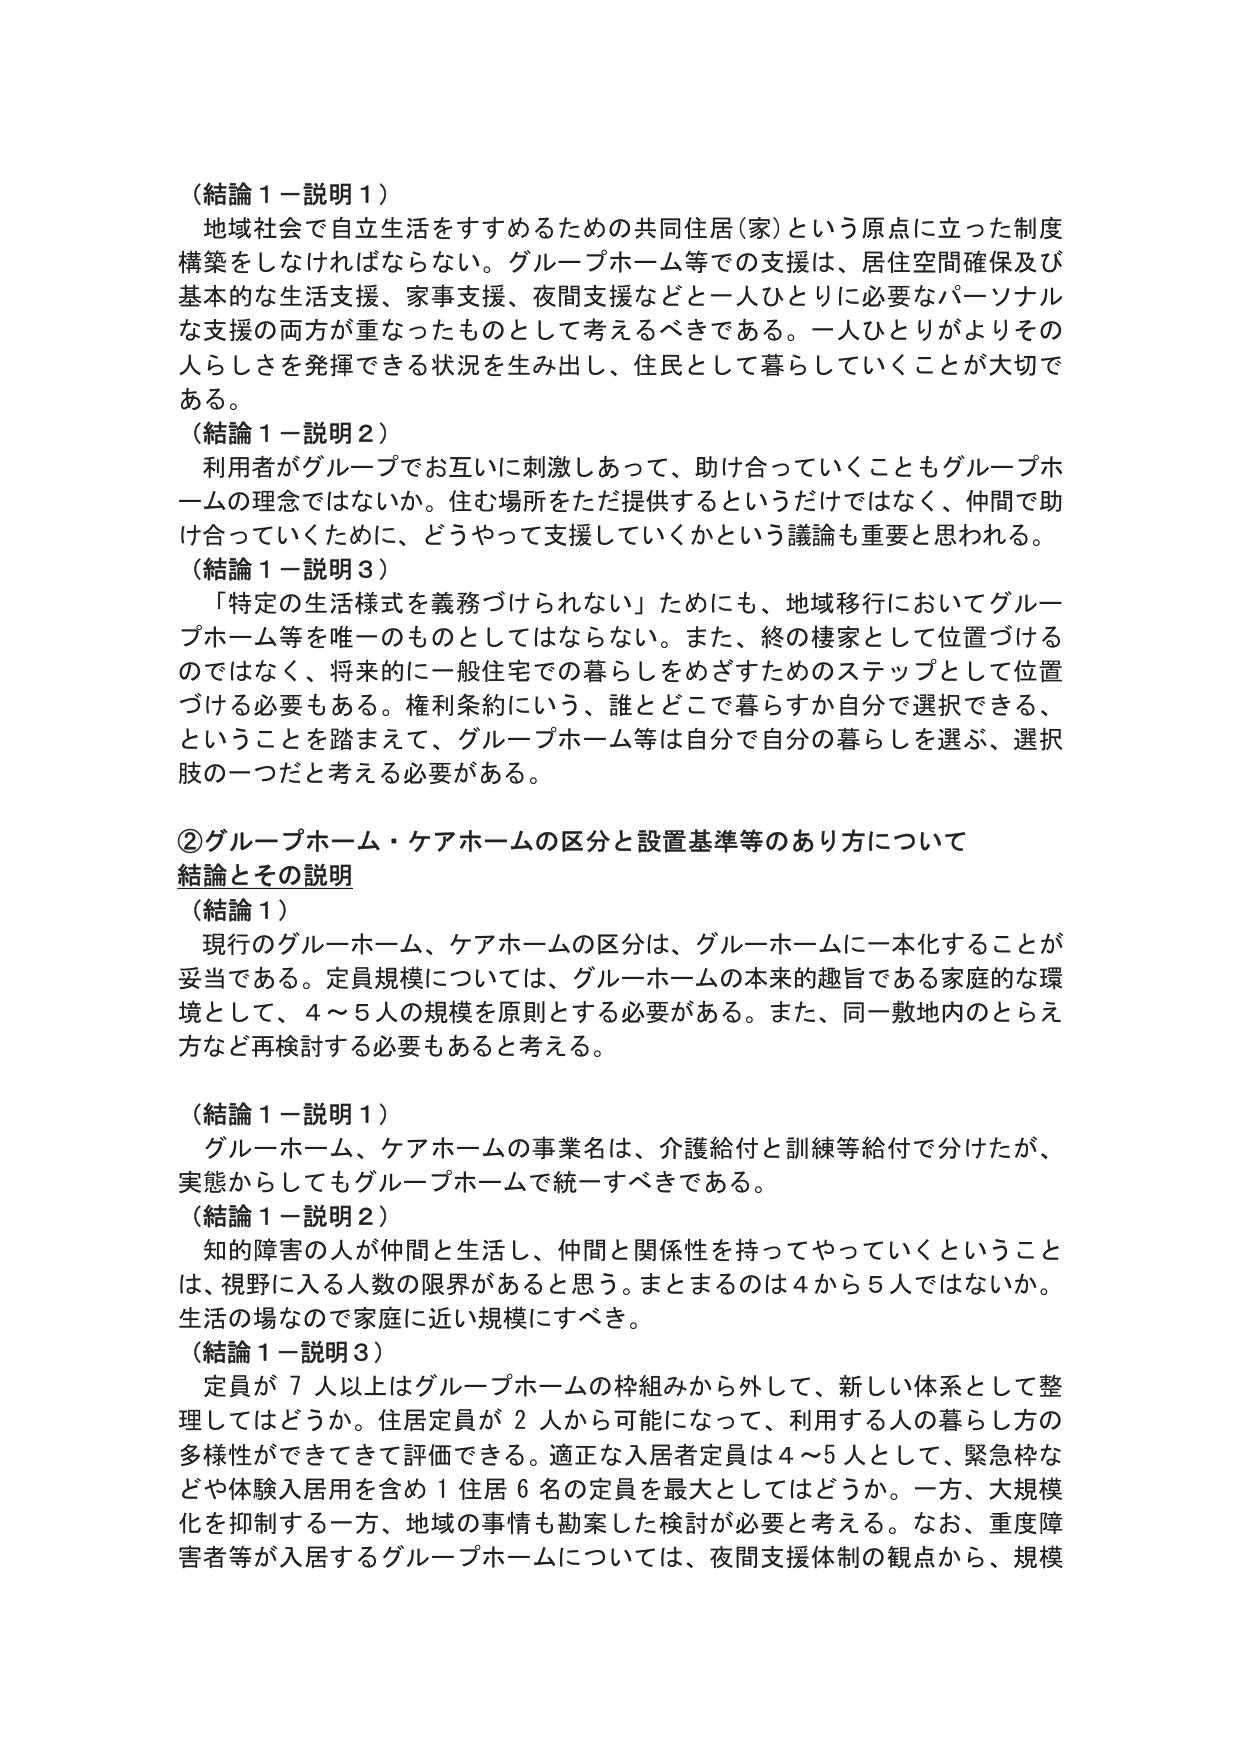
（結論１－説明１）
地域社会で自立生活をすすめるための共同住居（家）という原点に立った制度構築をしなければならない。グループホーム等での支援は、居住空間確保及び基本的な生活支援、家事支援、夜間支援などと一人ひとりに必要なパーソナルな支援の両方が重なったものとして考えるべきである。一人ひとりがよりその人らしさを発揮できる状況を生み出し、住民として暮らしていくことが大切である。

（結論１－説明２）
利用者がグループでお互いに刺激しあって、助け合っていくこともグループホームの理念ではないか。住む場所をただ提供するというだけではなく、仲間で助け合っていくために、どうやって支援していくかという議論も重要と思われる。

（結論１－説明３）
「特定の生活様式を義務づけられない」ためにも、地域移行においてグループホーム等を唯一のものとしてはならない。また、終の棲家として位置づけるのではなく、将来的に一般住宅での暮らしをめざすためのステップとして位置づける必要もある。権利条約にいう、誰とどこで暮らすか自分で選択できる、ということを踏まえて、グループホーム等は自分で自分の暮らしを選ぶ、選択肢の一つだと考える必要がある。

②グループホーム・ケアホームの区分と設置基準等のあり方について
結論とその説明

（結論１）
現行のグループホーム、ケアホームの区分は、グループホームに一本化することが妥当である。定員規模については、グループホームの本来の趣旨である家庭的な環境として、４～５人の規模を原則とする必要がある。また、同一敷地内のとらえ方など再検討する必要もあると考える。

（結論１－説明１）
グループホーム、ケアホームの事業名は、介護給付と訓練等給付で分けたが、実態からしてもグループホームで統一すべきである。

（結論１－説明２）
知的障害の人が仲間と生活し、仲間と関係性を持ってやっていくということは、視野に入る人数の限界があると思う。まとまるのは４から５人ではないか。生活の場なので家庭に近い規模にすべき。

（結論１－説明３）
定員が７人以上はグループホームの枠組みから外して、新しい体系として整理してはどうか。住居定員が２人から可能になって、利用する人の暮らし方の多様性ができてきて評価できる。適正な入居者定員は４～５人として、緊急枠などや体験入居用を含め１住居６名の定員を最大としてはどうか。一方、大規模化を抑制する一方、地域の事情も勘案した検討が必要と考える。なお、重度障害者等が入居するグループホームについては、夜間支援体制の観点から、規模